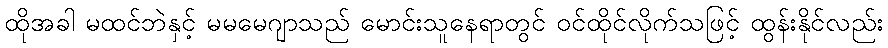
ထိုအခါ မထင်ဘဲနှင့် မမမေဂျာသည် မောင်းသူနေရာတွင် ဝင်ထိုင်လိုက်သဖြင့် ထွန်းနိုင်လည်း